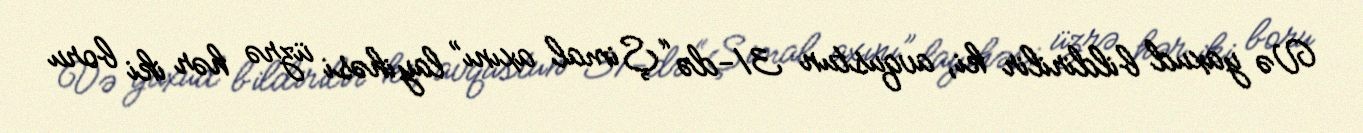
Və yaxud bildirilir ki, avqustun 31-də “Şimal axını” layihəsi üzrə hər iki boru